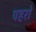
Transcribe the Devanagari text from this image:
पहरो